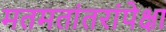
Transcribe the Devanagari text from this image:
मतमतांतरांपेक्षा